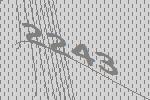
2243